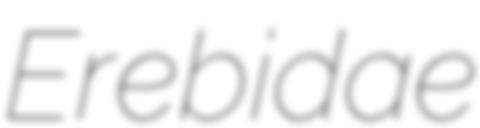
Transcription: Erebidae